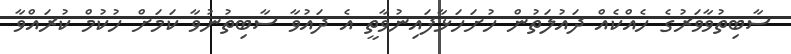
ސާބިތުވާވަރުގެ ހެއްކެއް ދައުލަތުން ހުށަހަޅާފައިނުވާތީ އެ ދައުވާ ސާބިތުނުވާ ކަމަށް ހުކުމް ކުރައްވާ